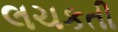
લચકતી